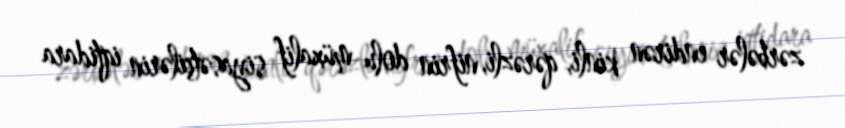
zərbələr endirən kinli, qərəzli, nifrin dolu müxalif siyasətçilərin iqtidara